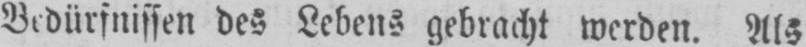
Bedürfnissen des Lebens gebracht werden. Als